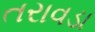
તરાવડા